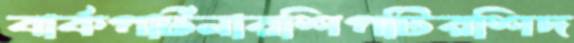
বার্কপার্টনারশিপটিরশিদ